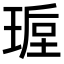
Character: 𭹩